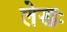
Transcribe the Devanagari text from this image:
लेखः